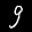
Label: 9